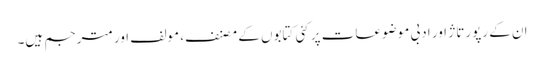
ان کے رپورتاژ اور ادبی موضوعات پر کئی کتابوں کے مصنف، مولف اور مترجم ہیں۔